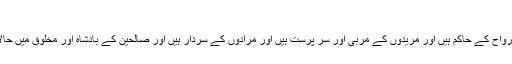
‘‘ ( سورہ الحشر)
حضور اکرم صلی اللہ علیہ وآلہٖ وسلم ہی ارواح کے حاکم ہیں اور مریدوں کے مربیّ اور سر پرست ہیں اور مرادوں کے سردار ہیں اور صالحین کے بادشاہ اور مخلوق میں حالات ومقامات کی تقسیم فرمانے والے ہیں۔